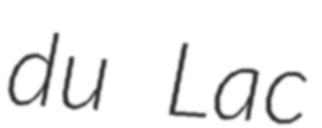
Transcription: du Lac